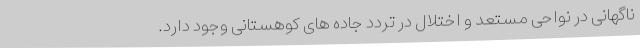
ناگهانی در نواحی مستعد و اختلال در تردد جاده های کوهستانی وجود دارد.